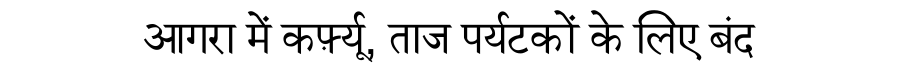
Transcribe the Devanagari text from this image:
आगरा में कर्फ़्यू, ताज पर्यटकों के लिए बंद